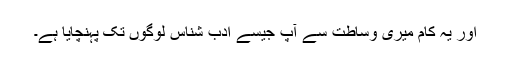
اور یہ کام میری وساطت سے آپ جیسے ادب شناس لوگوں تک پہنچایا ہے۔